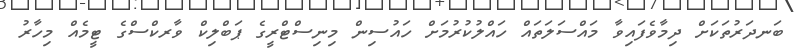
ބަނދަރުތަކަށް ދިމާވެފައިވާ މައްސަލަތައް ހައްލުކުރުމަށް ހައުސިން މިނިސްޓްރީގެ ޕަބްލިކް ވާރކްސްގެ ޓީމެއް މިހާރު